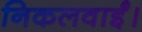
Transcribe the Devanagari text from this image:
निकलवाईं।